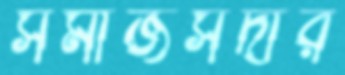
সমাজসর্দার